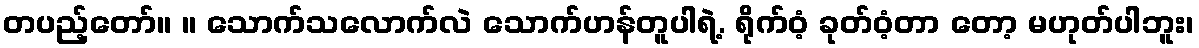
တပည့်တော်။ ။ သောက်သလောက်လဲ သောက်ဟန်တူပါရဲ့. ရိုက်ဝံ့ ခုတ်ဝံ့တာ တော့ မဟုတ်ပါဘူး၊